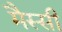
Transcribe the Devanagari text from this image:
मैस्सी